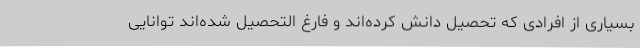
بسیاری از افرادی که تحصیل دانش کرده‌اند و فارغ التحصیل شده‌اند توانایی